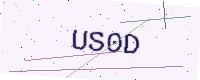
Text: US0D